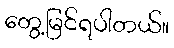
တွေ့မြင်ရပါတယ်။